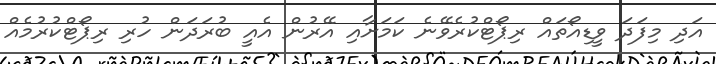
އަދި މިފަދަ ވީޑިއޯތައް ރިޕޯޓްކުރެވޭނެ ކަމަށާއި އޭރުން އެއީ ބުރަދަން ހުރި ރިޕޯޓްކުރުމެއް